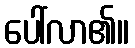
ပေါ်လာ၏။